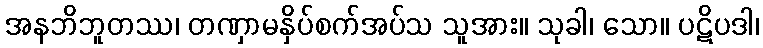
အနဘိဘူတဿ၊ တဏှာမနှိပ်စက်အပ်သ သူအား။ သုခါ၊ သော။ ပဋိပဒါ၊